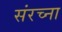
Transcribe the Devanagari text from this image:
संरच्ना